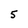
Character: 5